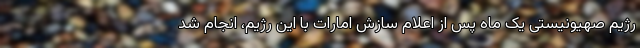
رژیم صهیونیستی یک ماه پس از اعلام سازش امارات با این رژیم، انجام شد